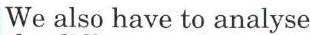
We also have to analyse